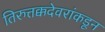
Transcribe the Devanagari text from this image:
तिरुत्तक्कदेवरांकडून